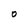
Character: O